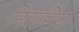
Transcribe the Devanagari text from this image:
निवासिया